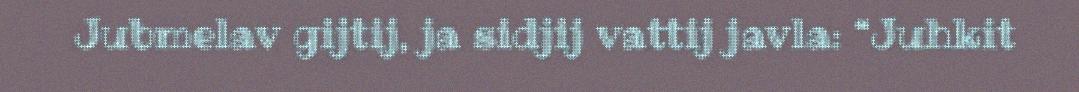
Jubmelav gijtij, ja sidjij vattij javla: “Juhkit